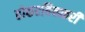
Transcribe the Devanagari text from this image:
होकरबिनकरी